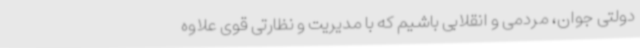
دولتی جوان، مردمی و انقلابی باشیم که با مدیریت و نظارتی قوی علاوه